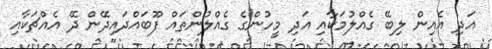
އަދި އެއިން ލިބޭ ގެއްލުމަކާއި އަދި މީހުންގެ ގެއްލުންތައް ފޫބައްދައިދޭން ދޭ އެއްޗަކާއި